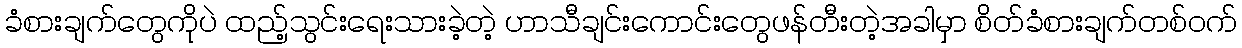
ခံစားချက်တွေကိုပဲ ထည့်သွင်းရေးသားခဲ့တဲ့ ဟာသီချင်းကောင်းတွေဖန်တီးတဲ့အခါမှာ စိတ်ခံစားချက်တစ်ဝက်